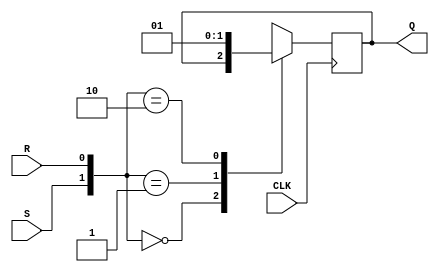
`timescale 1ns / 1ps
//////////////////////////////////////////////////////////////////////////////////
// Company: 
// Engineer: 
// 
// Design Name: 
// Module Name: SRFlipFlop
// Project Name: 
// Target Devices: 
// Tool Versions: 
// Description: 
// 
// Dependencies: 
// 
// Revision:
// Revision 0.01 - File Created
// Additional Comments:
// 
//////////////////////////////////////////////////////////////////////////////////


module SRFlipFlop(S,R,CLK,Q);
input S,R,CLK;
output reg Q;
 always @(posedge CLK)
 case({S,R})
 2'b00:Q<=Q;
 2'b01:Q<=0;
 2'b10:Q<=1;
 2'b11:Q<=1'bx;
 endcase
 
 
endmodule